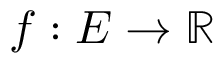
f : E \rightarrow \mathbb { R }